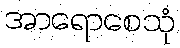
အာရောစေသုံ